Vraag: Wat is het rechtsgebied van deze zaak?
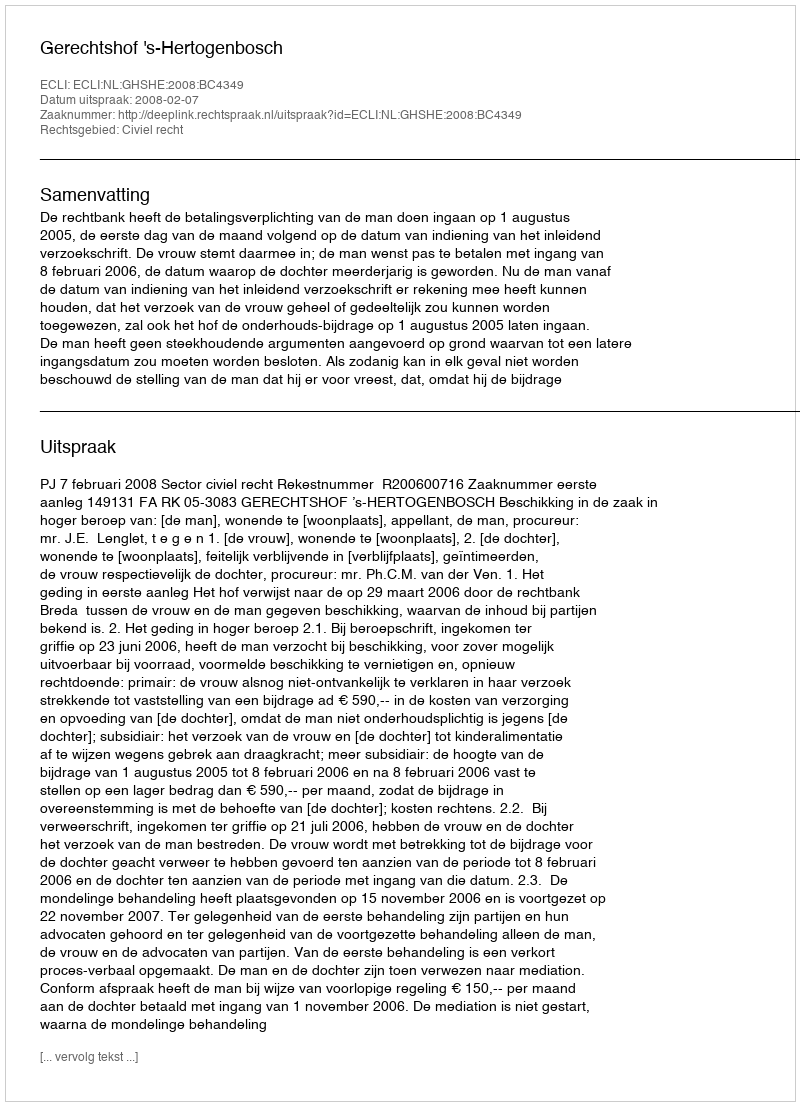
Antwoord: Civiel recht